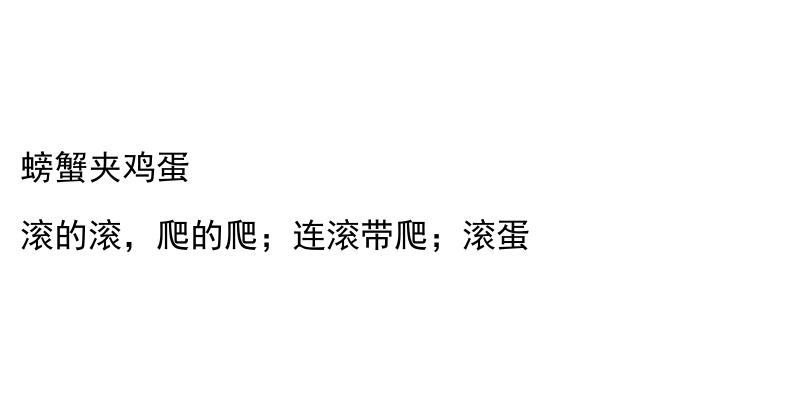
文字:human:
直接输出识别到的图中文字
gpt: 螃蟹夹鸡蛋 滚的滚，爬的爬；连滚带爬；滚蛋